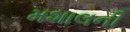
મશાલની